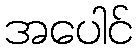
အပေါင်